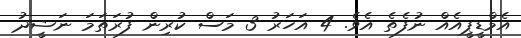
އެމްޑީޕީއެއް ނުފެތެ އެވެ. 4 އަހަރު 3 މަސް ކުރިން ފުރަތަމަ ނަޝީދު